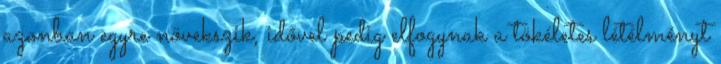
azonban egyre növekszik, idővel pedig elfogynak a tökéletes létélményt